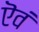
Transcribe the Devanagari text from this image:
ऎवं